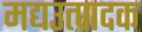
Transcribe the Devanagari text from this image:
मद्यउत्पादक